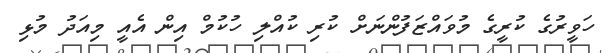
ހަވީރުގެ ކުރީގެ މުވައްޒަފުންނަށް ކުރި ކުއްލި ހުކުމް އިން އެއީ މިއަދު މުޅި